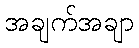
အချက်အချာ